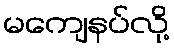
မကျေနပ်လို့